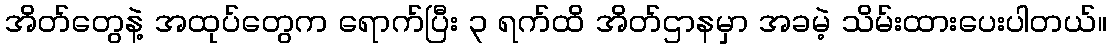
အိတ်တွေနဲ့ အထုပ်တွေက ရောက်ပြီး ၃ ရက်ထိ အိတ်ဌာနမှာ အခမဲ့ သိမ်းထားပေးပါတယ်။